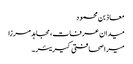
معاذ بن محمود
میدان عرفات، مجاہد مرزا
میرا صحافتی کیریئر۔